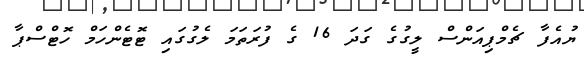
ޔުއެފާ ޗެމްޕިއަންސް ލީގުގެ ގަދަ 16 ގެ ފުރަތަމަ ލެގުގައި ޓޮޓެންހަމް ހޮޓްސްޕާ